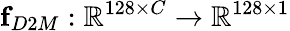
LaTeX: \mathbf{f}_{D2M}:\mathbb{R}^{128\times C}\rightarrow\mathbb{R}^{128\times 1}